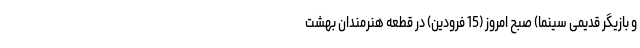
و بازیگر قدیمی سینما) صبح امروز (15 فرودین) در قطعه هنرمندان بهشت